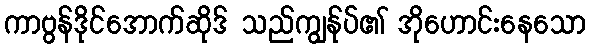
ကာဗွန်ဒိုင်အောက်ဆိုဒ် သည်ကျွန်ုပ်၏ အိုဟောင်းနေသော